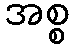
အစ္စ